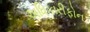
અધિકારીફોન